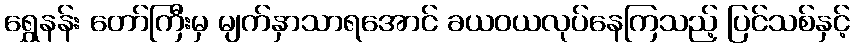
ရွှေနန်း တော်ကြီးမှ မျက်နှာသာရအောင် ခယဝယလုပ်နေကြသည့် ပြင်သစ်နှင့်